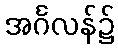
အင်္ဂလန်၌